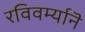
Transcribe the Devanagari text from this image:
रविवर्म्यानॆ